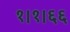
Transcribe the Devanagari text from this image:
१।१।६६